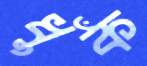
ধুঁক